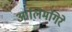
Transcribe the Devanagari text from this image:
आलिमगिरे